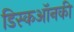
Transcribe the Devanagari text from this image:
डिस्कऑनकी